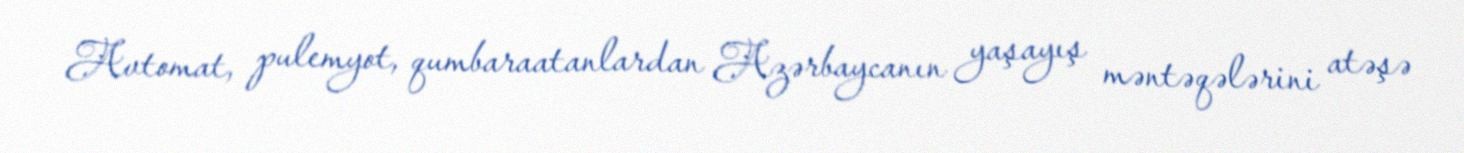
Avtomat, pulemyot, qumbaraatanlardan Azərbaycanın yaşayış məntəqələrini atəşə